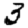
Digit: 3